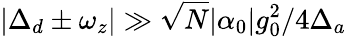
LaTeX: |\Delta_{d}\pm\omega_{z}|\gg\sqrt{N}|\alpha_{0}|g_{0}^{2}/4\Delta_{a}